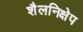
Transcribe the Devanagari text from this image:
शैलनिक्षेप